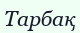
Тарбақ